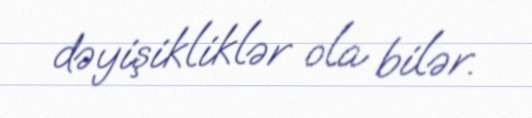
dəyişikliklər ola bilər.